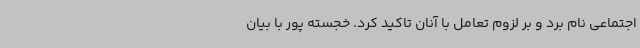
اجتماعی نام برد و بر لزوم تعامل با آنان تاکید کرد. خجسته پور با بیان